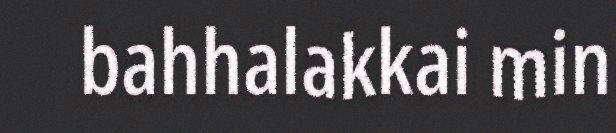
bahhalakkai min